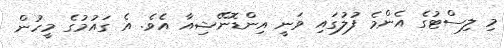
މި ލިސްޓުގެ އެންމެ ފުލުގައި ވަނީ އިންޑޮނޭޝިއާ އެވެ. އެ ގައުމުގެ މީހުން